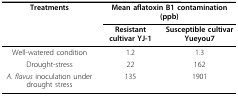
<table><thead><tr><td><b>Treatments</b></td><td colspan="2"><b>Mean aflatoxin B1 contamination (ppb)</b></td></tr><tr><td></td><td><b>Resistant cultivar YJ-1</b></td><td><b>Susceptible cultivar Yueyou7</b></td></tr></thead><tbody><tr><td>Well-watered condition</td><td>1.2</td><td>1.3</td></tr><tr><td>Drought-stress</td><td>22</td><td>162</td></tr><tr><td><i>A. flavus </i>inoculation under drought stress</td><td>135</td><td>1901</td></tr></tbody></table>